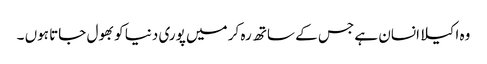
وہ اکیلا انسان ہے جس کے ساتھ رہ کر میں پوری دنیا کو بھول جاتا ہوں ۔